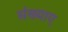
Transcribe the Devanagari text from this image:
संख्याए